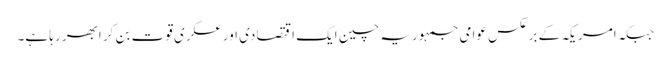
جبکہ امریکہ کے برعکس عوامی جمہوریہ چین ایک اقتصادی اورعسکری قوت بن کر ابھر رہا ہے۔